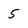
Character: 5